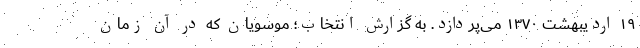
۱۹ اردیبهشت ۱۳۷۰ می‌پردازد. به گزارش انتخاب؛ موسویان که در آن زمان